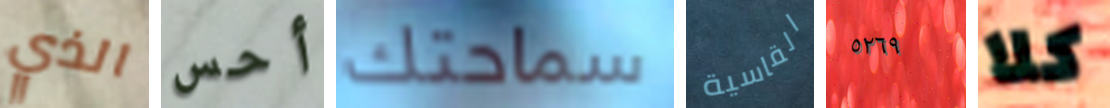
الذي أحس سماحتك القاسية ٥٢٦٩ كلا